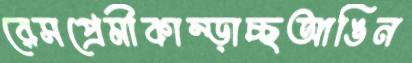
রেসপ্রেমীকাম্‌ড়াচ্ছআঙিন